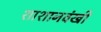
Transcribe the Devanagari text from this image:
शाशानवंखी